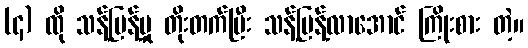
(၄) ထို သန့်ပြန့်မှု တိုးတက်ပြီး သန့်ပြန့်လာအောင် ကြိုးစား တဲ့။